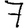
Digit: 7